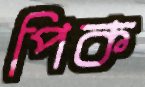
পিক